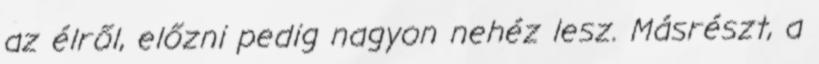
az élről, előzni pedig nagyon nehéz lesz. Másrészt, a